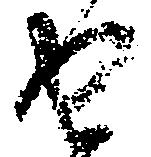
由